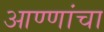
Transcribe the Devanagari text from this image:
आण्णांचा